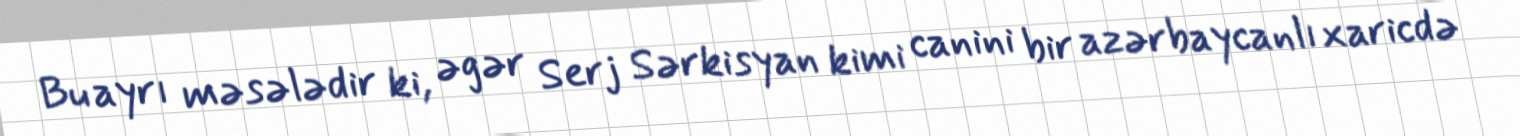
Bu ayrı məsələdir ki, əgər Serj Sərkisyan kimi canini bir azərbaycanlı xaricdə